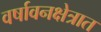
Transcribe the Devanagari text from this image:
वर्षावनक्षेत्रात